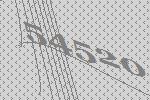
54520